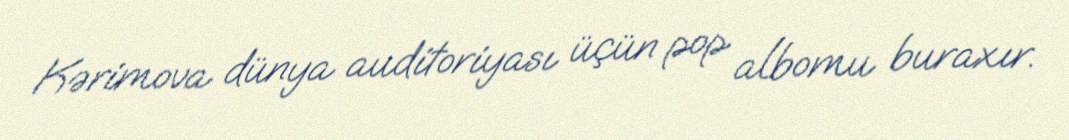
Kərimova dünya auditoriyası üçün pop albomu buraxır.